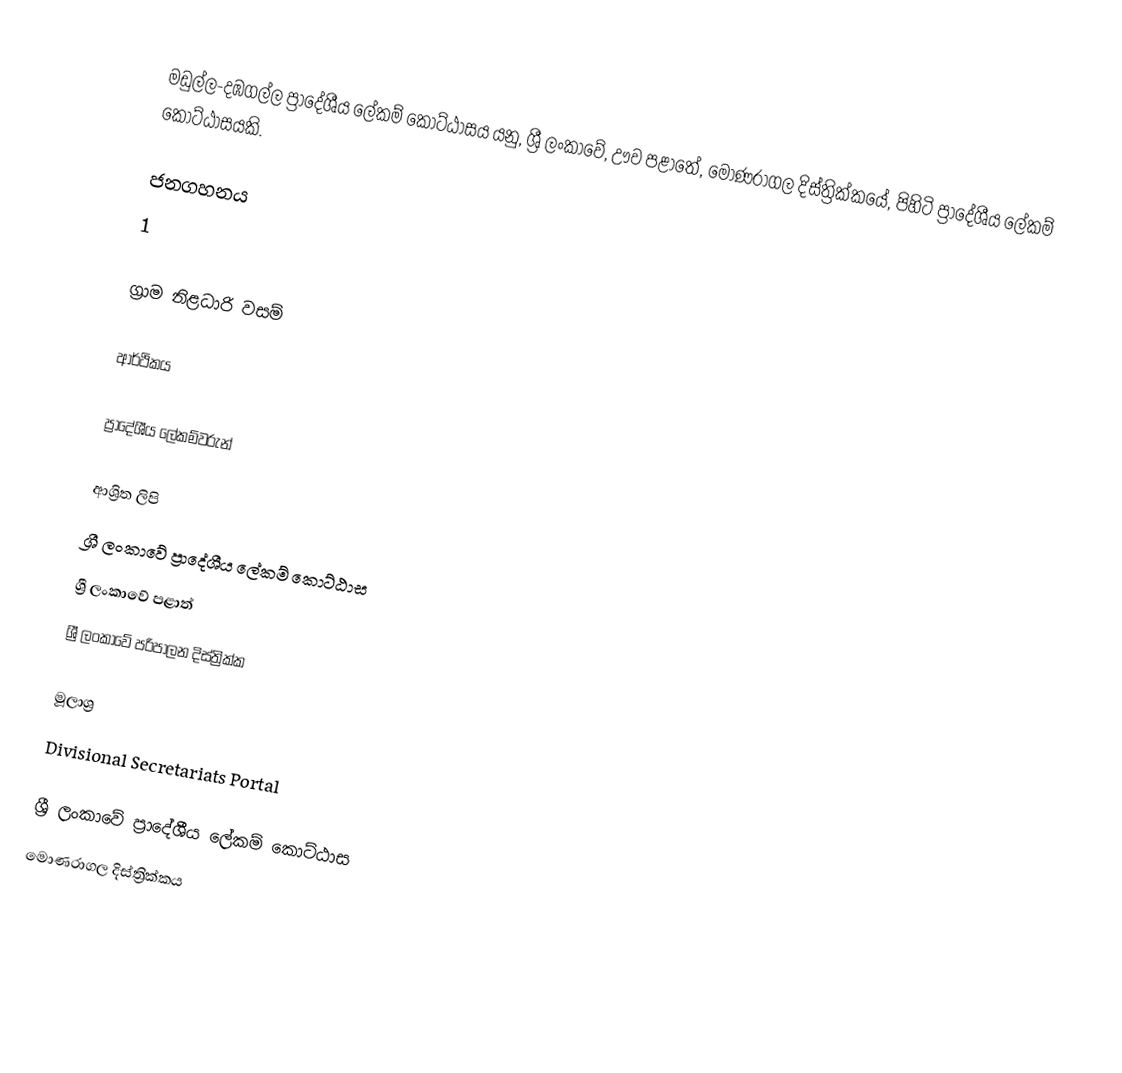
මඩුල්ල-දඹගල්ල ප්‍රාදේශීය ලේකම් කොට්ඨාසය යනු,  ශ්‍රී ලංකාවේ, ඌව පළාතේ,   මොණරාගල දිස්ත්‍රික්කයේ, පිහිටි ප්‍රාදේශීය ලේකම් කොට්ඨාසයකි.

ජනගහනය
1

ග්‍රාම නිළධාරි වසම්

ආර්ථිකය

ප්‍රාදේශීය ලේකම්වරුන්

ආශ්‍රිත ලිපි
ශ්‍රී ලංකාවේ ප්‍රාදේශීය ලේකම් කොට්ඨාස
ශ්‍රී ලංකාවේ පළාත්
ශ්‍රී ලංකාවේ පරිපාලන දිස්ත්‍රික්ක

මූලාශ්‍ර
 Divisional Secretariats Portal

ශ්‍රී ලංකාවේ ප්‍රාදේශීය ලේකම් කොට්ඨාස
මොණරාගල දිස්ත්‍රික්කය